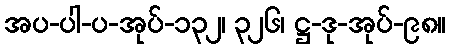
အပ-ပါ-ပ-အုပ်-၁၃၂၊ ၃၂၆၊ ဋ္ဌ-ဒု-အုပ်-၉၈။